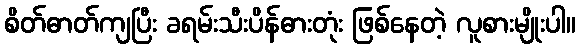
စိတ်ဓာတ်ကျပြီး ခရမ်းသီးပိန်ဓားတုံး ဖြစ်နေတဲ့ လူစားမျိုးပါ။